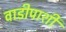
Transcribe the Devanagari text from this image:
वाडीपाशी